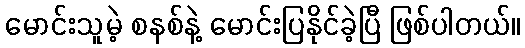
မောင်းသူမဲ့ စနစ်နဲ့ မောင်းပြနိုင်ခဲ့ပြီ ဖြစ်ပါတယ်။